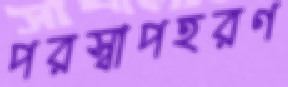
পরস্বাপহরণ